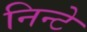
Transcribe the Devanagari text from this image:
निन्टे